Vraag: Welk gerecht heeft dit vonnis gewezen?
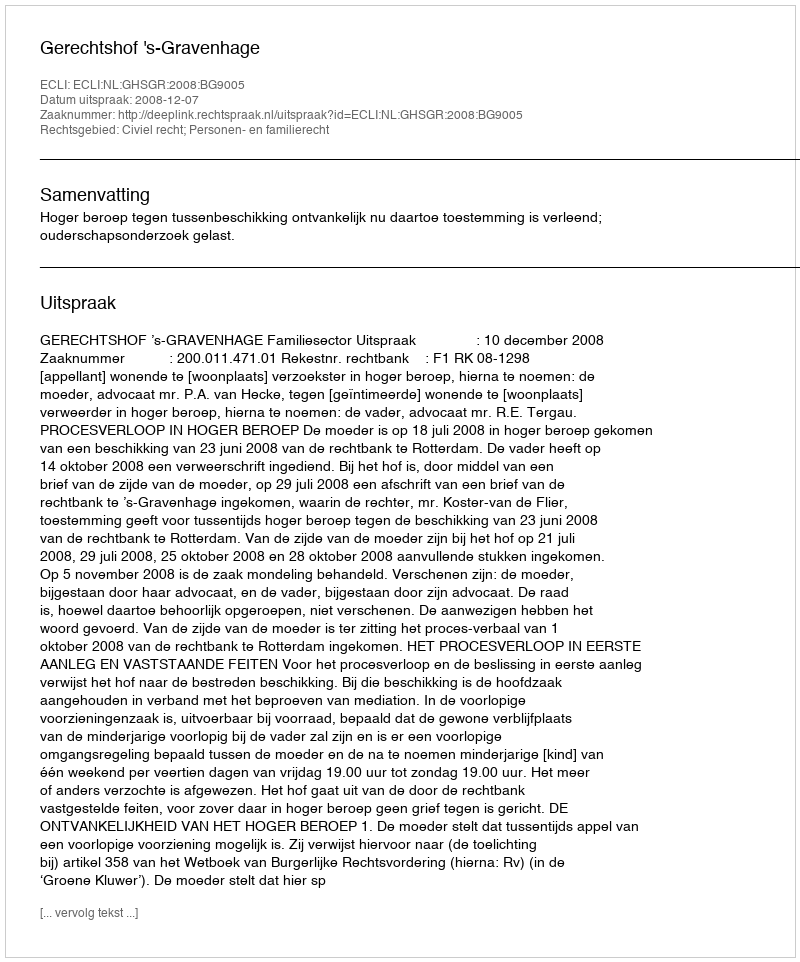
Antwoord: Gerechtshof 's-Gravenhage